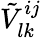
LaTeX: \tilde{V}_{lk}^{ij}